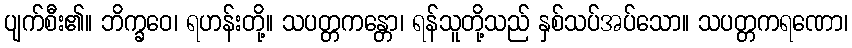
ပျက်စီး၏။ ဘိက္ခဝေ၊ ရဟန်းတို့။ သပတ္တကန္တော၊ ရန်သူတို့သည် နှစ်သပ်အပ်သော။ သပတ္တကရဏော၊